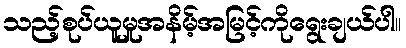
သည့်စုပ်ယူမှုအနိမ့်အမြင့်ကိုရွေးချယ်ပါ။